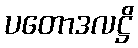
ပတောဒလဋ္ဌိ